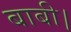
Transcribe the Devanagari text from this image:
बाबी।